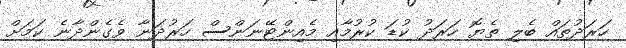
ހަރަދުތައް ބެލި ތެޔޮ ހަރަދު ކުޑަ ކުރުމާއި މެއިންޓޭނަންސް ހަރުދަނާ ވެގެންދާނެ ކަމަށް